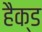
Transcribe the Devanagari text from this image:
हैक्ड